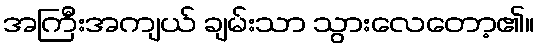
အကြီးအကျယ် ချမ်းသာ သွားလေတော့၏။